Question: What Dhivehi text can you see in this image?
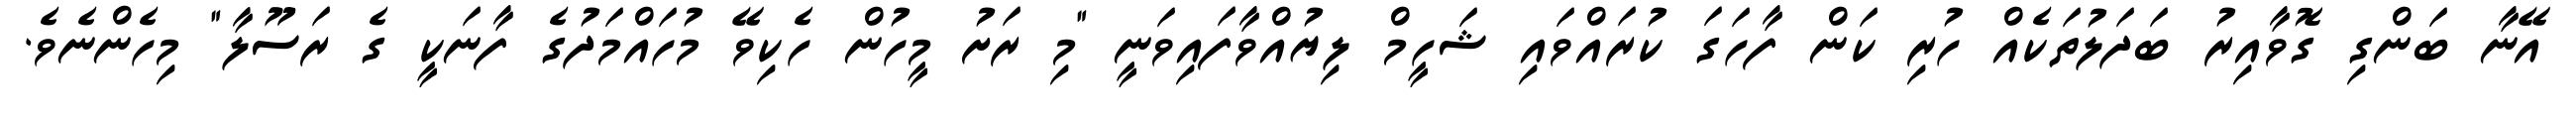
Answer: އޭނާ ބަންގި ގޮވާއިރު ބަދަލުތަކެއް ހުރި ކަން ފާހަގަ ކުރައްވައި ޝަހީމް ލިޔުއްވާފައިވަނީ "މި ރަށު މީހުން ހެކިވޭ މުހައްމަދުގެ ފާނަކީ ގެ ރަސޫލާ" މިހެންނެވެ.